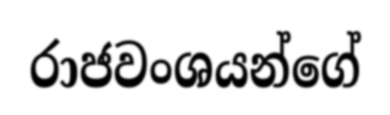
රාජවංශයන්ගේ